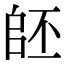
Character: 𠃂